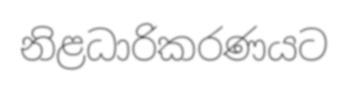
නිළධාරිකරණයට